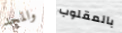
والمجد بالمقلوب